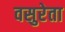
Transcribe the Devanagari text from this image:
वसुरेता